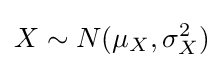
X\sim N(\mu _{X},\sigma _{X}^{2})